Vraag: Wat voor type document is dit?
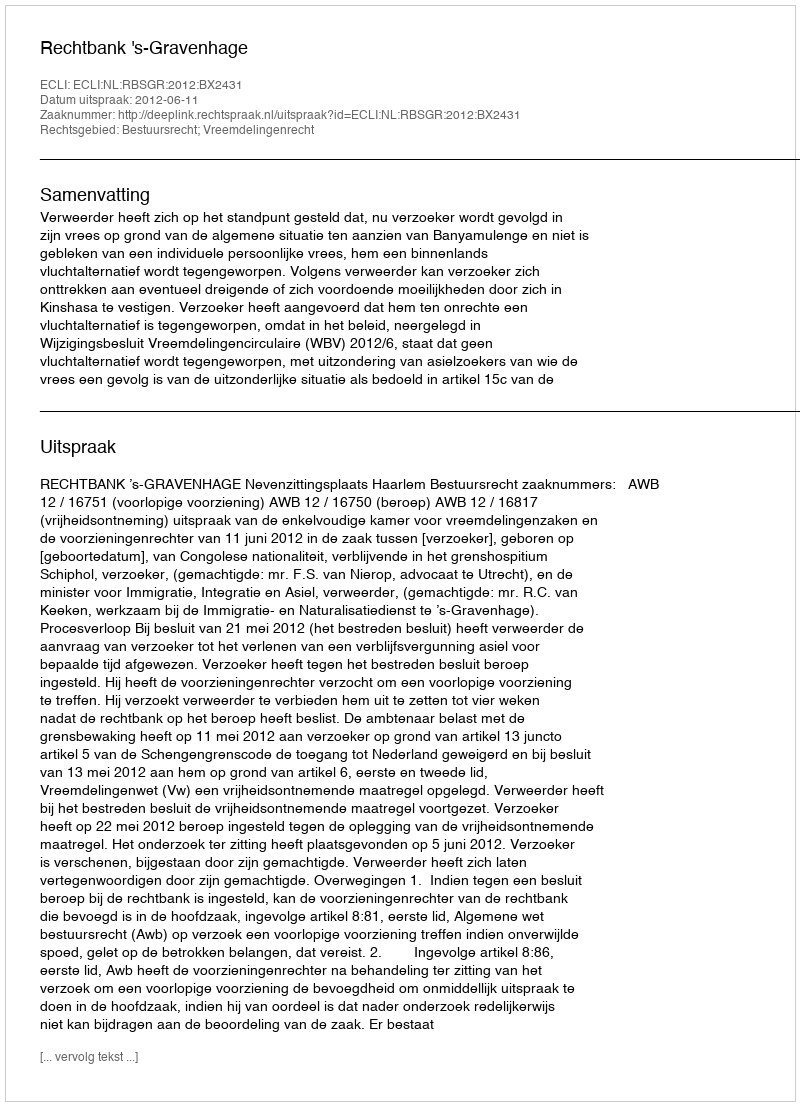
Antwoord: Uitspraak